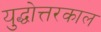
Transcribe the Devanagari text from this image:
युद्धोत्तरकाल